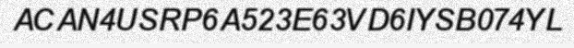
ACAN4USRP6A523E63VD6IYSB074YL